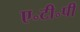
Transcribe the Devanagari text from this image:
ए॰टी॰पी